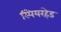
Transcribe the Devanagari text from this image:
स्पियरहेड